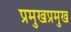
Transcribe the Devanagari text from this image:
प्रमुखप्रमुख